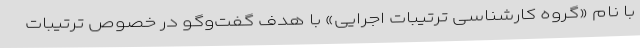
با نام «گروه کارشناسی ترتیبات اجرایی» با هدف گفت‌وگو در خصوص ترتیبات